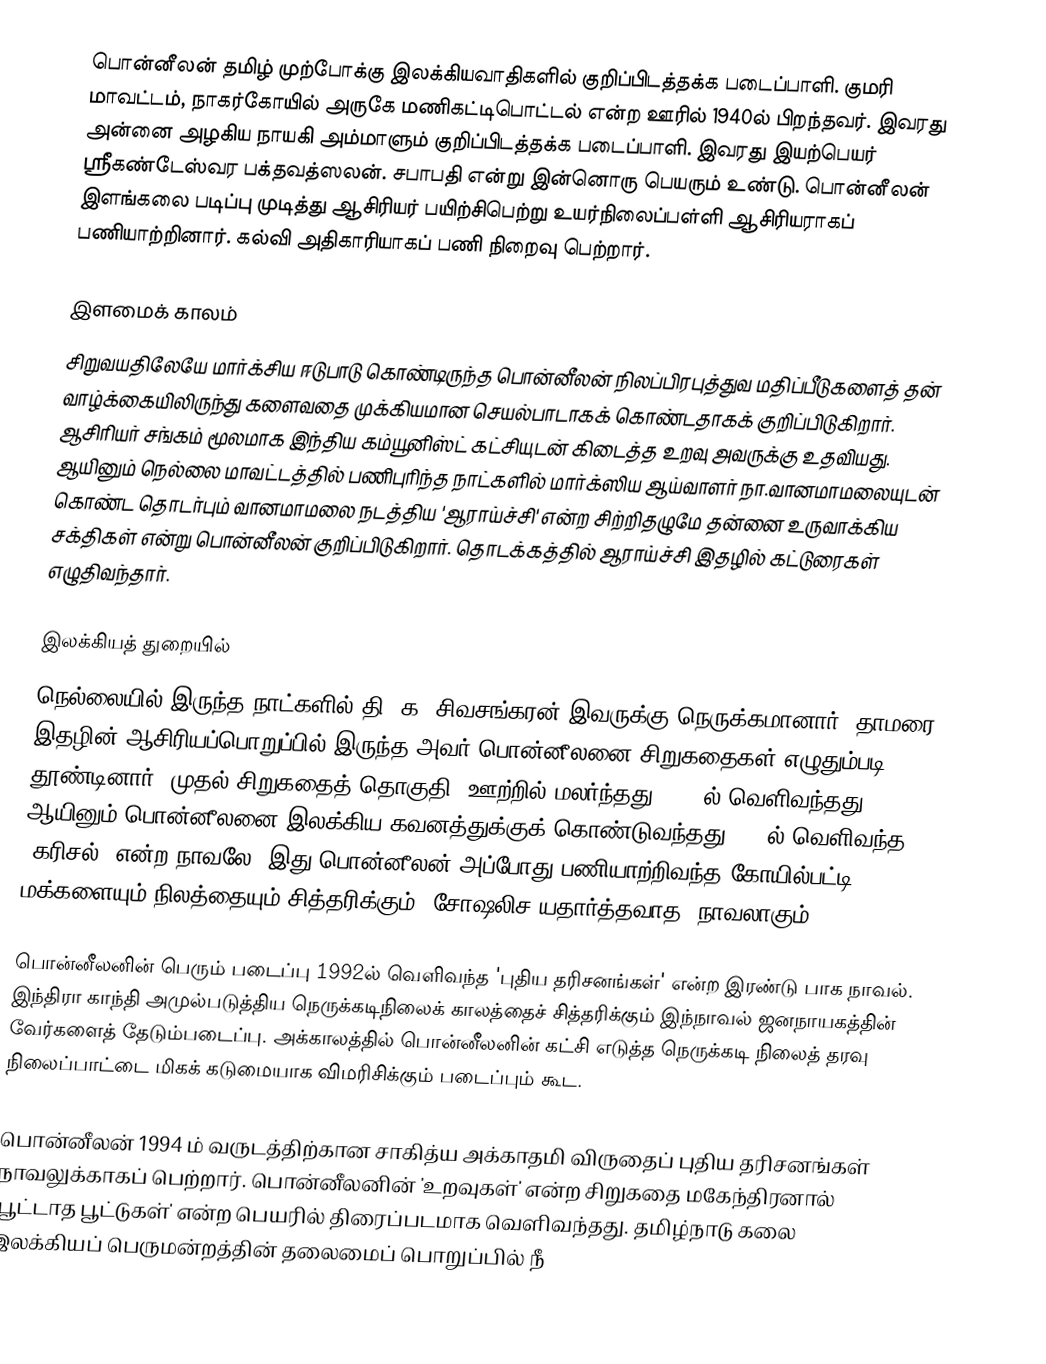
பொன்னீலன் தமிழ் முற்போக்கு இலக்கியவாதிகளில் குறிப்பிடத்தக்க படைப்பாளி. குமரி மாவட்டம், நாகர்கோயில் அருகே மணிகட்டிபொட்டல் என்ற  ஊரில் 1940ல் பிறந்தவர். இவரது அன்னை அழகிய நாயகி அம்மாளும் குறிப்பிடத்தக்க படைப்பாளி.  இவரது இயற்பெயர் ஸ்ரீகண்டேஸ்வர பக்தவத்ஸலன்.  சபாபதி என்று இன்னொரு பெயரும் உண்டு. பொன்னீலன் இளங்கலை படிப்பு முடித்து ஆசிரியர் பயிற்சிபெற்று உயர்நிலைப்பள்ளி ஆசிரியராகப் பணியாற்றினார்.  கல்வி அதிகாரியாகப் பணி நிறைவு பெற்றார்.

இளமைக் காலம்
சிறுவயதிலேயே மார்க்சிய ஈடுபாடு கொண்டிருந்த பொன்னீலன் நிலப்பிரபுத்துவ மதிப்பீடுகளைத் தன் வாழ்க்கையிலிருந்து களைவதை முக்கியமான செயல்பாடாகக் கொண்டதாகக் குறிப்பிடுகிறார்.  ஆசிரியர் சங்கம் மூலமாக இந்திய கம்யூனிஸ்ட் கட்சியுடன் கிடைத்த உறவு அவருக்கு உதவியது.  ஆயினும் நெல்லை மாவட்டத்தில் பணிபுரிந்த நாட்களில் மார்க்ஸிய ஆய்வாளர் நா.வானமாமலையுடன் கொண்ட தொடர்பும் வானமாமலை நடத்திய 'ஆராய்ச்சி' என்ற சிற்றிதழுமே தன்னை உருவாக்கிய சக்திகள் என்று பொன்னீலன் குறிப்பிடுகிறார். தொடக்கத்தில் ஆராய்ச்சி இதழில் கட்டுரைகள் எழுதிவந்தார்.

இலக்கியத் துறையில்
நெல்லையில் இருந்த நாட்களில் தி. க. சிவசங்கரன் இவருக்கு நெருக்கமானார்.  தாமரை இதழின் ஆசிரியப்பொறுப்பில் இருந்த அவர் பொன்னீலனை சிறுகதைகள் எழுதும்படி தூண்டினார்.  முதல் சிறுகதைத் தொகுதி 'ஊற்றில் மலர்ந்தது'  1978ல் வெளிவந்தது. ஆயினும் பொன்னீலனை இலக்கிய கவனத்துக்குக் கொண்டுவந்தது 1976ல் வெளிவந்த 'கரிசல்' என்ற நாவலே. இது பொன்னீலன் அப்போது பணியாற்றிவந்த கோயில்பட்டி மக்களையும் நிலத்தையும் சித்தரிக்கும் 'சோஷலிச யதார்த்தவாத' நாவலாகும்.

பொன்னீலனின் பெரும் படைப்பு 1992ல் வெளிவந்த 'புதிய தரிசனங்கள்' என்ற இரண்டு பாக நாவல். இந்திரா காந்தி அமுல்படுத்திய நெருக்கடிநிலைக் காலத்தைச் சித்தரிக்கும் இந்நாவல் ஜனநாயகத்தின் வேர்களைத் தேடும்படைப்பு.  அக்காலத்தில் பொன்னீலனின் கட்சி எடுத்த நெருக்கடி நிலைத் தரவு நிலைப்பாட்டை மிகக் கடுமையாக விமரிசிக்கும் படைப்பும் கூட.

பொன்னீலன் 1994 ம் வருடத்திற்கான சாகித்ய அக்காதமி விருதைப் புதிய தரிசனங்கள் நாவலுக்காகப் பெற்றார்.   பொன்னீலனின் 'உறவுகள்' என்ற சிறுகதை மகேந்திரனால் 'பூட்டாத பூட்டுகள்' என்ற பெயரில் திரைப்படமாக வெளிவந்தது. தமிழ்நாடு கலை இலக்கியப் பெருமன்றத்தின் தலைமைப் பொறுப்பில் நீ